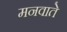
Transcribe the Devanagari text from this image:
मनवाते